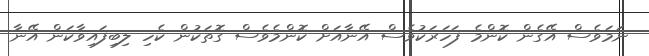
ނަމަވެސް އޭގެން ކޮންމެ ފަހަރަކުވެސް އޭނާއަށް ކޮންމެވެސް ގޮތަކުން ކެހި ލިބިފައިވާކަން އޭނާ